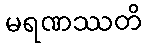
မရဏဿတိ